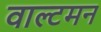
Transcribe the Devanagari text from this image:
वाल्टमन